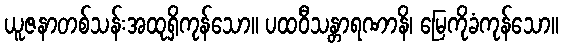
ယူဇနာတစ်သန်းအထုရှိကုန်သော။ ပထဝီသန္တာရဏာနိ၊ မြေကိုခံကုန်သော။